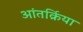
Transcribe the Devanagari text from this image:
आंतर्क्रिया